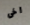
اخى